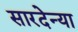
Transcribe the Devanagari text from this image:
सारदेन्या